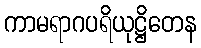
ကာမရာဂပရိယုဋ္ဌိတေန